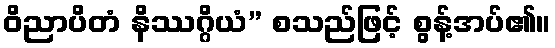
ဝိညာပိတံ နိဿဂ္ဂိယံ” စသည်ဖြင့် စွန့်အပ်၏။